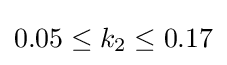
0.05\leq k_{2}\leq 0.17